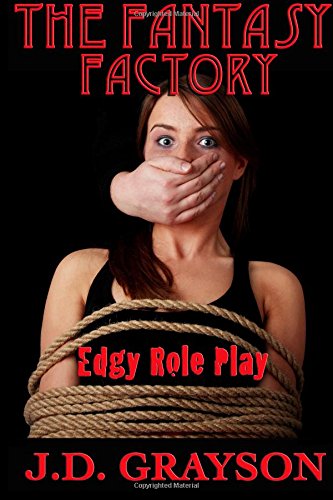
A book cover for The Fantasy Factory: Edgy Role Play; J. D. Grayson; Romance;